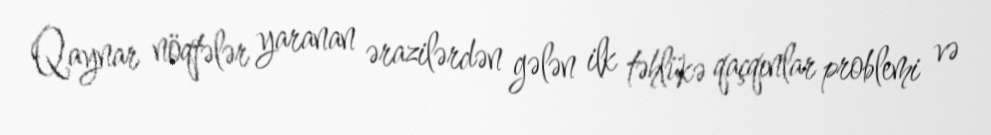
Qaynar nöqtələr yaranan ərazilərdən gələn ilk təhlükə qaçqınlar problemi və